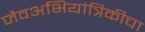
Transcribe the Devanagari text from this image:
जैवअभियांत्रिकीचा